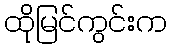
ထိုမြင်ကွင်းက